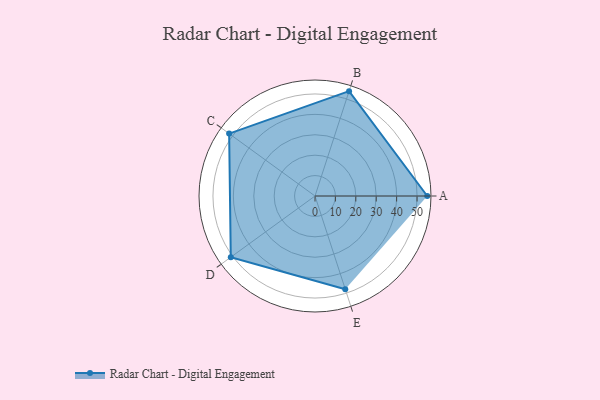
{"axis": {"x": "Skill", "y": "Score"}, "legend": ["Profile"], "data": [{"x": "A", "y": 55.0, "type": "Profile"}, {"x": "B", "y": 54.0, "type": "Profile"}, {"x": "C", "y": 52.0, "type": "Profile"}, {"x": "D", "y": 51.0, "type": "Profile"}, {"x": "E", "y": 48.0, "type": "Profile"}]}